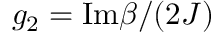
g _ { 2 } = \mathrm { I m } \beta / ( 2 J )